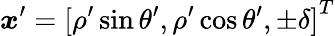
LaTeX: {\boldsymbol{x}}^{\prime}={[\rho^{\prime}\sin\theta^{\prime},\rho^{\prime}\cos\theta^{\prime},\pm\delta]}^{T}